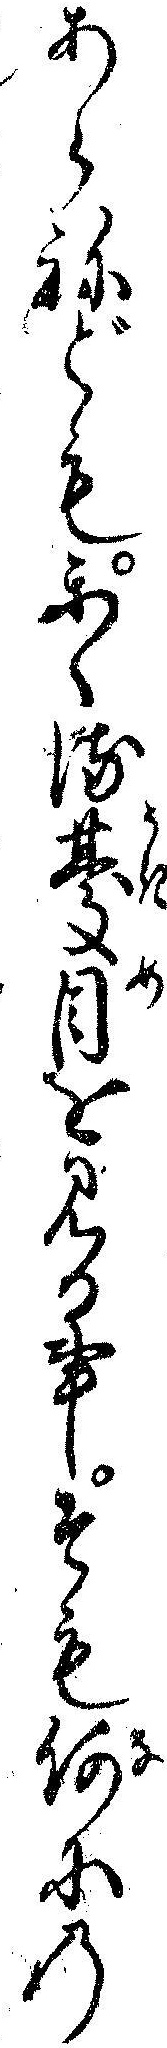
あらねどもかゝる憂目を見る事そも何にの